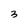
Character: 3